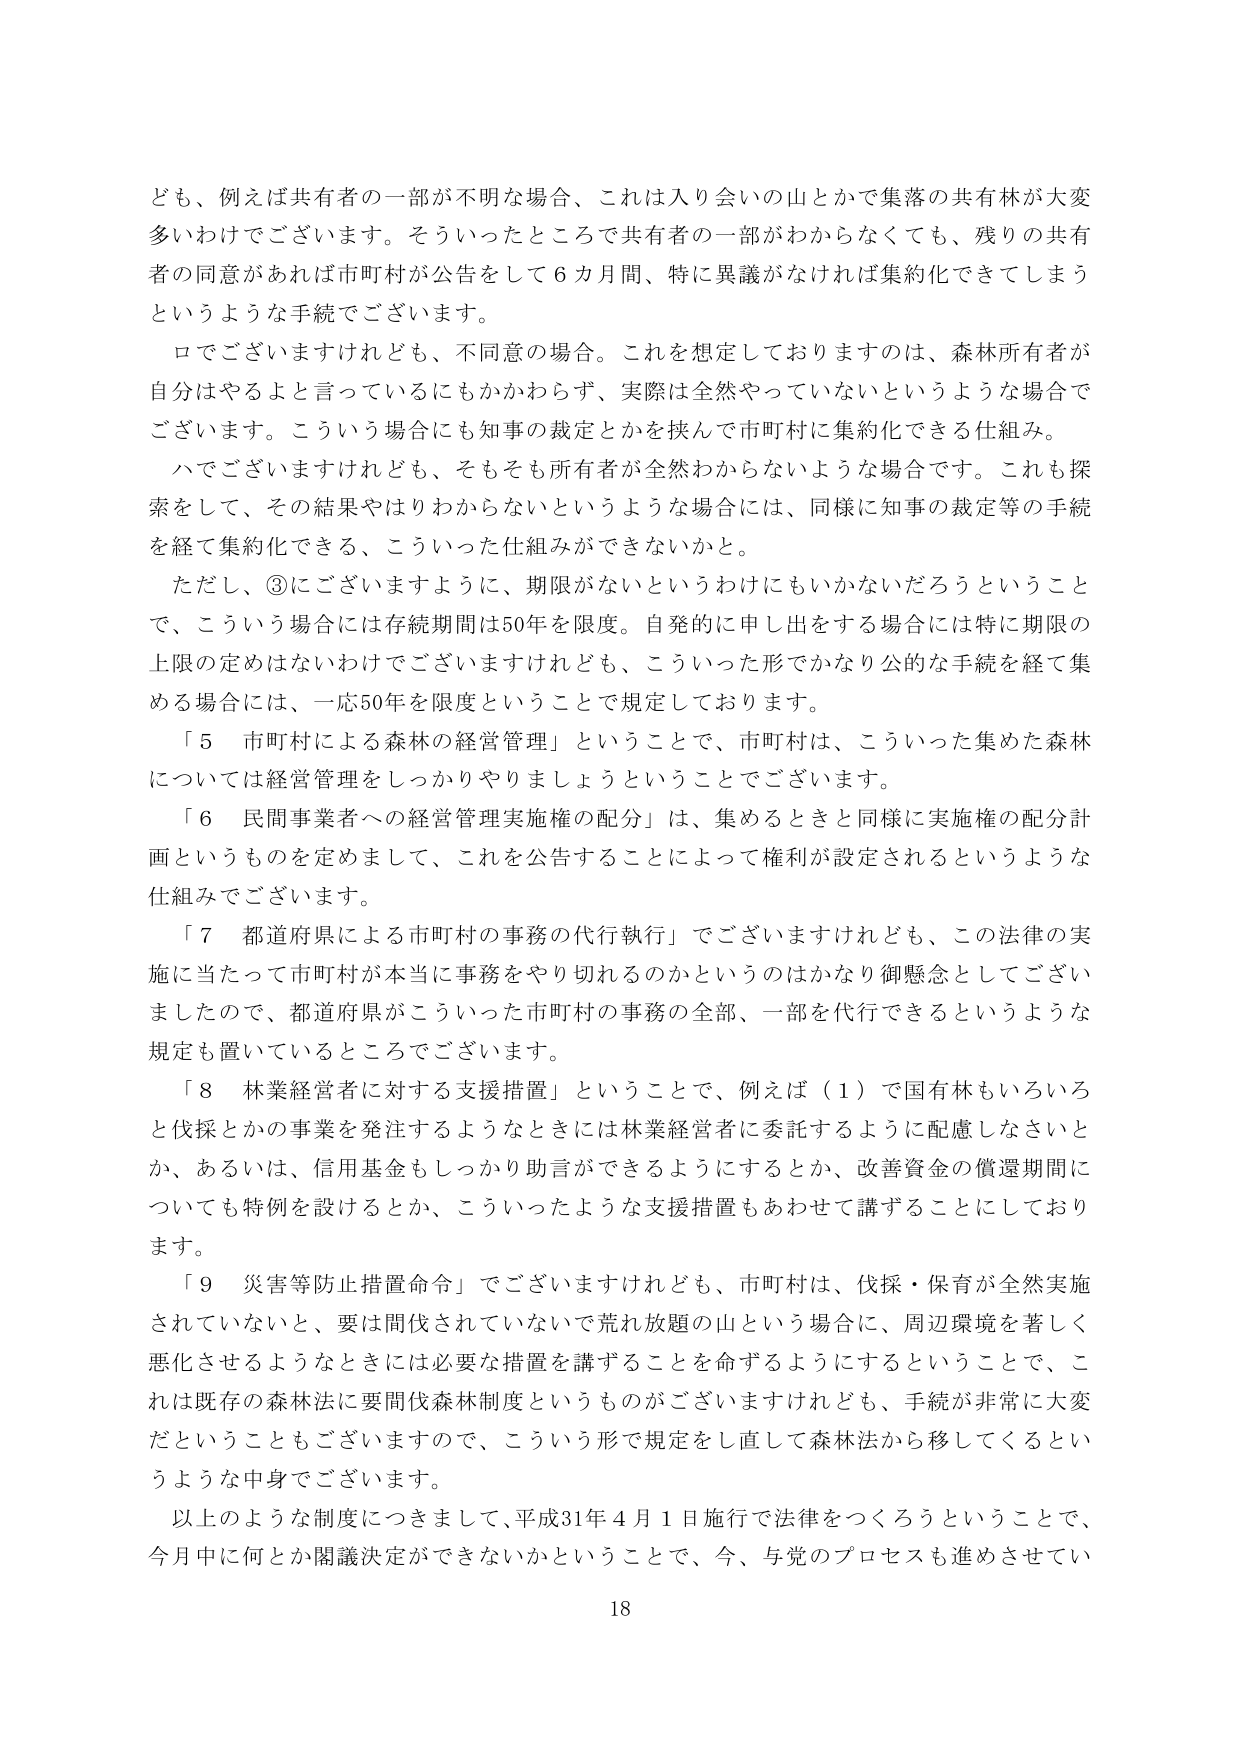
ども、例えば共有者の一部が不明な場合、これは入り会いの山とかで集落の共有林が大変多いわけでございます。そういったところで共有者の一部がわからなくても、残りの共有者の同意があれば市町村が公告をして６カ月間、特に異議がなければ集約化できてしまうというような手続でございます。

ロでございますけれども、不同意の場合。これを想定しておりますのは、森林所有者が自分はやるよと言っているにもかかわらず、実際は全然やっていないというような場合でございます。こういう場合にも知事の裁定とかを挟んで市町村に集約化できる仕組み。

ハでございますけれども、そもそも所有者が全然わからないような場合です。これも探索をして、その結果やはりわからないというような場合には、同様に知事の裁定等の手続を経て集約化できる、こういった組みができないかと。

ただし、③にございますように、期限がないというわけにもいかないだろうということで、こういう場合には存続期間は50年を限度。自発的に申し出をする場合には特に期限の上限の定めはないわけでございますけれども、こういった形でかなり公的な手続を経て集める場合には、一応50年を限度ということで規定しております。

「５ 市町村による森林の経営管理」ということで、市町村は、こういった集めた森林については経営管理をしっかりやりましょうということでございます。

「６ 民間事業者への経営管理実施権の配分」は、集めるときと同様に実施権の配分計画というものを定めまして、これを公告することによって権利が設定されるというような仕組みでございます。

「７ 都道府県による市町村の事務の代行執行」でございますけれども、この法律の実施に当たって市町村が本当に事務をやり切れるのかというのはかなり御懸念としてございましたので、都道府県がこういった市町村の事務の全部、一部を代行できるというような規定も置いているところでございます。

「８ 林業経営者に対する支援措置」ということで、例えば（１）で国有林もいろいろと伐採とかの事業を発注するようなときには林業経営者に委託するように配慮しなさいとか、あるいは、信用基金もしっかり助言ができるようにするとか、改善資金の償還期間についても特例を設けるとか、こういったような支援措置もあわせて講ずることにしております。

「９ 災害等防止措置命令」でございますけれども、市町村は、伐採・保育が全然実施されていないと、要は間伐されていないで荒れ放題の山という場合に、周辺環境を著しく悪化させるようなときには必要な措置を講ずることを命ずるようにするということで、これは既存の森林法に要間伐森林制度というものがございますけれども、手続が非常に大変だということもございますので、こういう形で規定をし直して森林法から移してくるというような中身でございます。

以上のような制度につきまして、平成31年４月１日施行で法律をつくろうということで、今月中に何とか閣議決定ができないかということで、今、与党のプロセスも進めさせてい

18